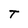
Character: T